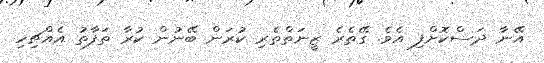
އޭނާ ދަސްކޮށްފި އެވެ. ގޭތެރެ ޒީނަތްތެރި ކުރަން ބޭނުން ކުރާ ތަފާތު އެއްޗިހި